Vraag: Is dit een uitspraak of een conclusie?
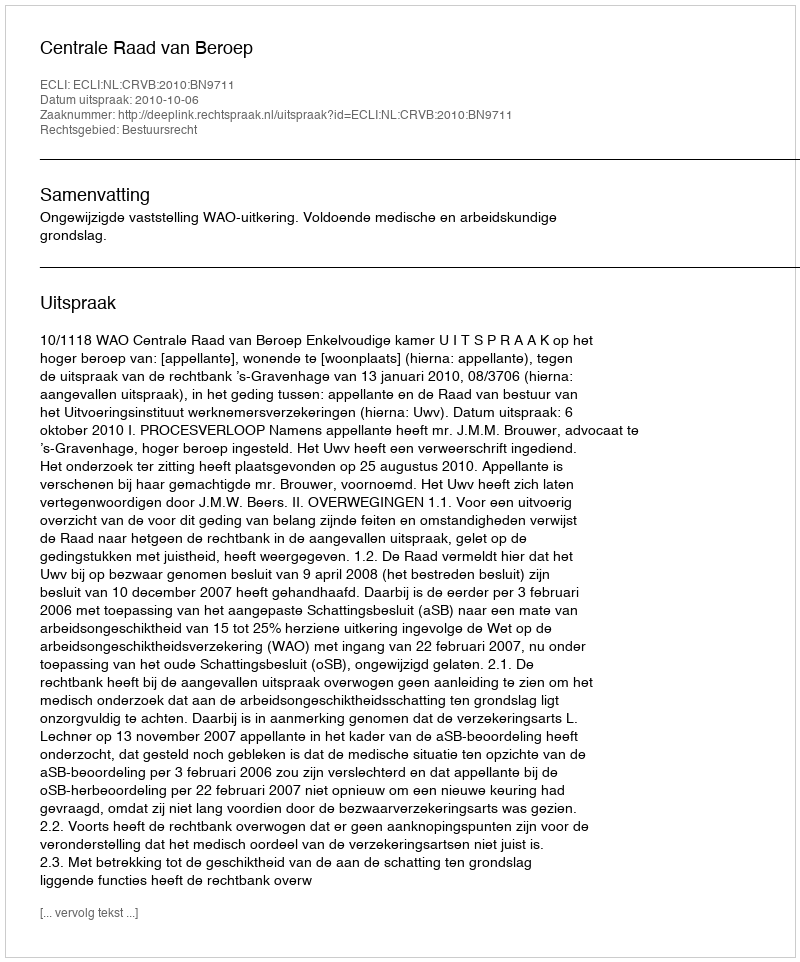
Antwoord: Uitspraak